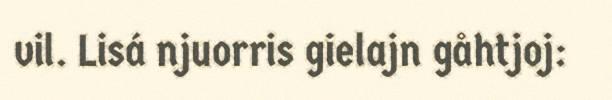
vil. Lisá njuorris gielajn gåhtjoj: